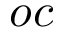
o c